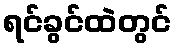
ရင်ခွင်ထဲတွင်